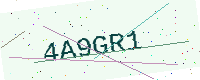
Text: 4A9GR1